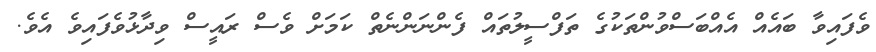
ވެފައިވާ ބައެއް އެއްބަސްވުންތަކުގެ ތަފްސީލުތައް ފެންނަންނެތް ކަމަށް ވެސް ރައީސް ވިދާޅުވެފައިވެ އެވެ.